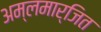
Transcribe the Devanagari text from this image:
अम्लमार्जित